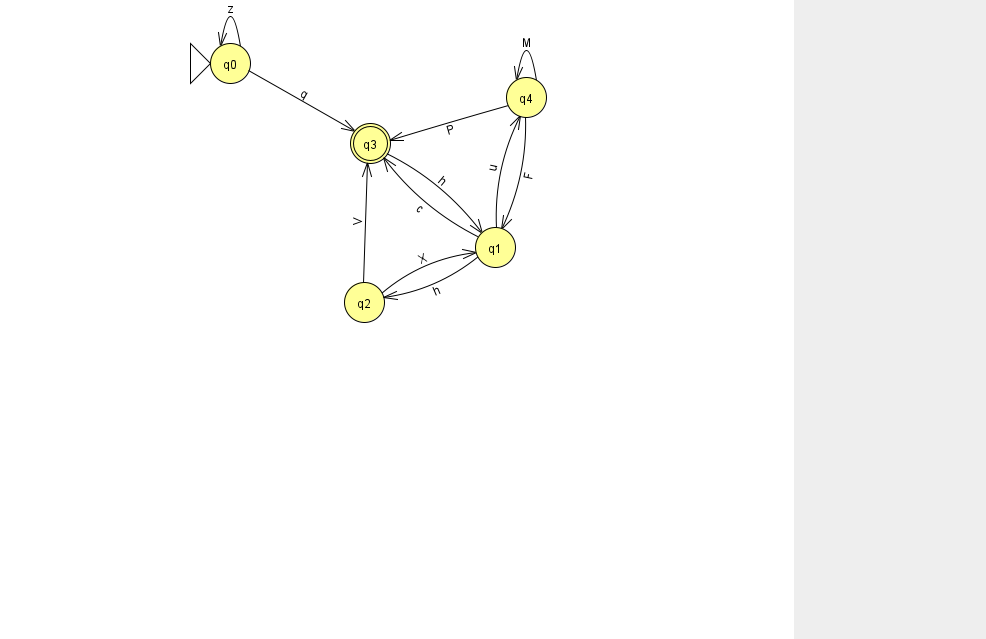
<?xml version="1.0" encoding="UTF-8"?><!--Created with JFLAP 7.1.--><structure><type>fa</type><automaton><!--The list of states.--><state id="0" name="q0"><x>230.0</x><y>50.0</y><initial/></state><state id="1" name="q1"><x>495.0</x><y>234.0</y></state><state id="2" name="q2"><x>364.0</x><y>289.0</y></state><state id="3" name="q3"><x>370.0</x><y>130.0</y><final/></state><state id="4" name="q4"><x>526.0</x><y>84.0</y></state><!--The list of transitions.--><transition><from>3</from><to>1</to><read>h</read></transition><transition><from>4</from><to>3</to><read>P</read></transition><transition><from>0</from><to>3</to><read>q</read></transition><transition><from>1</from><to>4</to><read>u</read></transition><transition><from>1</from><to>2</to><read>h</read></transition><transition><from>1</from><to>3</to><read>c</read></transition><transition><from>2</from><to>1</to><read>X</read></transition><transition><from>0</from><to>0</to><read>z</read></transition><transition><from>4</from><to>1</to><read>F</read></transition><transition><from>2</from><to>3</to><read>V</read></transition><transition><from>4</from><to>4</to><read>M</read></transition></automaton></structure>